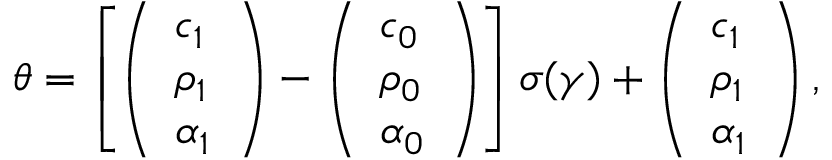
\theta = \left[ \left( \begin{array} { l } { c _ { 1 } } \\ { \rho _ { 1 } } \\ { \alpha _ { 1 } } \end{array} \right) - \left( \begin{array} { l } { c _ { 0 } } \\ { \rho _ { 0 } } \\ { \alpha _ { 0 } } \end{array} \right) \right] \sigma ( \gamma ) + \left( \begin{array} { l } { c _ { 1 } } \\ { \rho _ { 1 } } \\ { \alpha _ { 1 } } \end{array} \right) ,